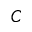
C